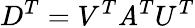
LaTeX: D^{T}=V^{T}\mathit{A}^{T}U^{T}